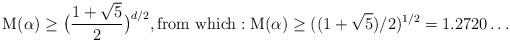
LaTeX: \begin{align*}{\rm M}(\alpha) \geq \bigl( \frac{1+\sqrt{5}}{2}\bigr)^{d/2},\mbox{from which}:{\rm M}(\alpha) \geq ((1+\sqrt{5})/2)^{1/2} = 1.2720\ldots\end{align*}